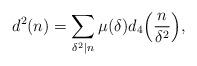
LaTeX: \begin{align*} d^2 (n) = \sum_{\delta^2 | n} \mu(\delta) d_4 \Big(\frac{n}{\delta^2}\Big),\end{align*}